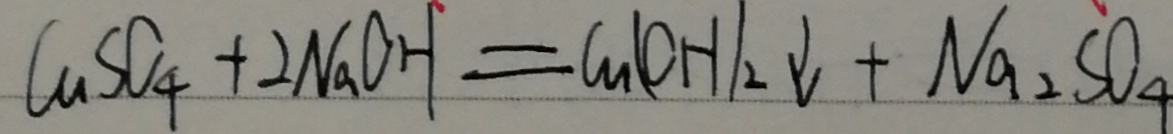
C u S O _ { 4 } + 2 N a O H = G u ( O H ) _ { 2 } \downarrow + N a _ { 2 } S O _ { 4 }